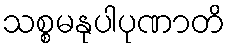
သစ္စမနုပါပုဏာတိ